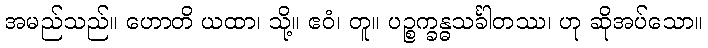
အမည်သည်။ ဟောတိ ယထာ၊ သို့။ ဧဝံ၊ တူ။ ပဉ္စက္ခန္ဓသင်္ခါတဿ၊ ဟု ဆိုအပ်သော။